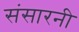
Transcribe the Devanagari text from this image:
संसारनी